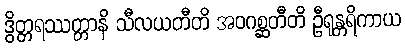
ဒွိတ္တရဿတ္တာနိ သီလယတီတိ အဝဂစ္ဆတီတိ ဦရုန္တရိကာယ